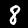
Label: 8